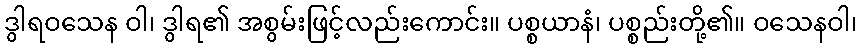
ဒွါရဝသေန ဝါ၊ ဒွါရ၏ အစွမ်းဖြင့်လည်းကောင်း။ ပစ္စယာနံ၊ ပစ္စည်းတို့၏။ ဝသေနဝါ၊